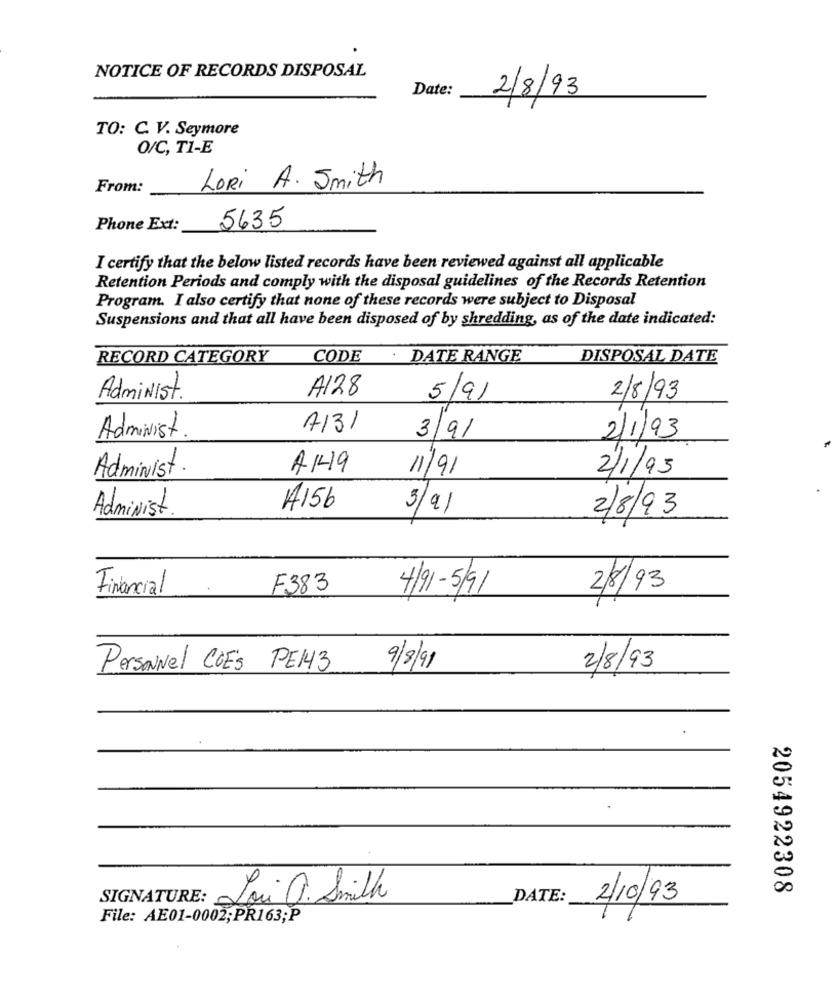
NOTICE OF RECORDS DISPOSAL
Date:
2/8/93
TO: C. V. Seymore
O/C, T1-E
From:
Lori A. Smith
Phone Ext:
5635
I certify that the below listed records have been reviewed against all applicable
Retention Periods and comply with the disposal guidelines of the Records Retention
Program. I also certify that none of these records were subject to Disposal
Suspensions and that all have been disposed of by shredding, as of the date indicated:
RECORD CATEGORY
CODE . DATE RANGE
DISPOSAL DATE
A128
Administ.
5/9/
2/8/93
7131
Administ
3/9/
2/1/93
A1419
2/1/95
Administ.
11/91
A156
Administ.
3/91
2/8/93
Financial
F383
4/91-5/91
2/8/93
Personnel COES PE143
9/8/99
2/8/93
2054922308
Loi O. Smith
DATE:
2/10/93
SIGNATURE:
File: AE01-0002;PR163;P